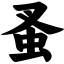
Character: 蚤